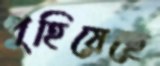
পুহিয়েছে